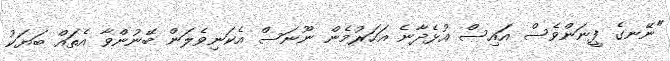
"ނޭނގެ ފީނަންވެސް އައިސް އުޅެދާނެ އަހަރުމެން ނޫނަސް އެކަނިވެލަން ބޭނުންވާ އެތައް ބަޔަކު